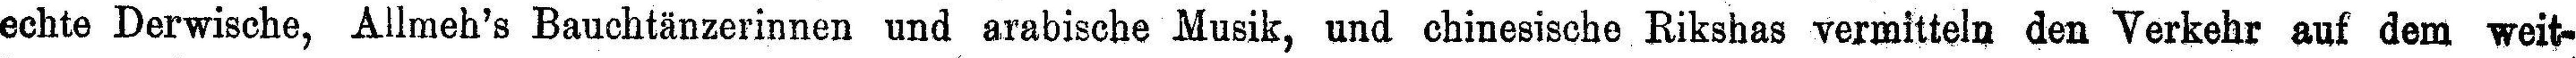
echte Derwische, Allmeh’s Bauchtänzerinnen und arabische Musik, und chinesische Rikshas vermitteln den Verkehr auf dem weit¬